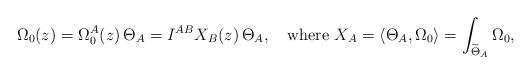
LaTeX: \begin{align*}\Omega_0(z) = \Omega_0^A(z) \, \Theta_A = I^{AB} X_B(z) \, \Theta_A, \quad \mbox{where } X_A = \langle \Theta_A, \Omega_0 \rangle = \int_{\widetilde{\Theta}_A}\Omega_0,\end{align*}